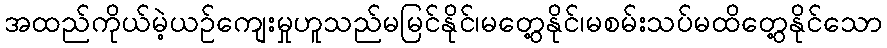
အထည်ကိုယ်မဲ့ယဉ်ကျေးမှုဟူသည်မမြင်နိုင်၊မတွေ့နိုင်၊မစမ်းသပ်မထိတွေ့နိုင်သော